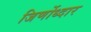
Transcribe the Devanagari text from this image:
जिर्णोध्दार